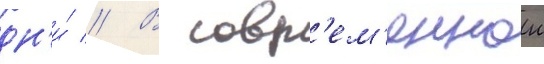
дн'и́ // В совр'ем'еннои